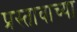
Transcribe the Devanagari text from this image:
प्रस्तावाच्या